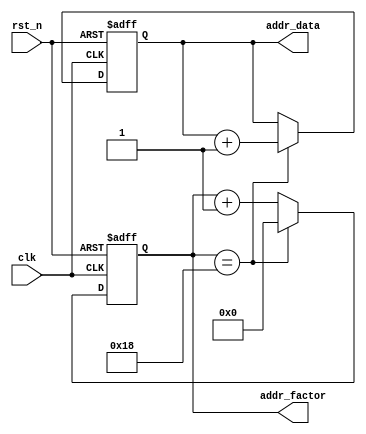
`timescale 1ns / 1ps
//////////////////////////////////////////////////////////////////////////////////
// Company: 
// Engineer: 
// 
// Design Name: 
// Module Name: addr_ctrl
// Project Name: 
// Target Devices: 
// Tool Versions: 
// Description: 
// 
// Dependencies: 
// 
// Revision:
// Revision 0.01 - File Created
// Additional Comments:
// 
//////////////////////////////////////////////////////////////////////////////////


module addr_ctrl(
    input clk,
    input rst_n,
    output [7:0] addr_data,
    output [7:0] addr_factor
       
    );
    reg [7 :0]cnt;  //25
    reg [7 :0]addr_data_pre  ;
assign addr_data = addr_data_pre;
assign addr_factor = cnt;
    always@(posedge clk or negedge rst_n)
    begin
         if(rst_n == 0)
         begin
             cnt <= 0;
         end
         else if(cnt ==8'd24 )
             cnt <= 0;
         else
             cnt <= cnt + 1; 
    end
        
    always@(posedge clk or negedge rst_n)
    begin
         if(rst_n == 0)
         begin
         addr_data_pre <= 0;
         end
         else if(cnt ==8'd24 )
         addr_data_pre <= addr_data_pre + 1;
         else
         addr_data_pre <= addr_data_pre; 
    end

endmodule